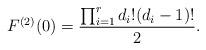
LaTeX: \begin{align*}F^{(2)}(0)=\frac{\prod_{i=1}^r d_i!(d_i-1)!}{2}.\end{align*}